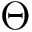
\Theta